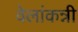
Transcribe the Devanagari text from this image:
वेलांकन्नी